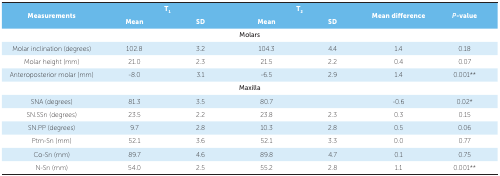
<table><thead><tr><td rowspan="2"><b>Measurements</b></td><td><b>T<sub>1</sub></b></td><td><b>T<sub>2</sub></b></td><td><b>Mean difference</b></td><td colspan="3"><b><i>P</i>-value</b></td></tr><tr><td rowspan="2"><b>Mean </b></td><td rowspan="2"><b>SD</b></td><td rowspan="2"><b>Mean </b></td><td rowspan="2" colspan="3"><b>SD</b></td></tr></thead><tbody><tr><td colspan="7">Molars</td></tr><tr><td>Molar inclination (degrees)</td><td>102.8</td><td>3.2</td><td>104.3</td><td>4.4</td><td>1.4</td><td>0.18</td></tr><tr><td>Molar height (mm)</td><td>21.0</td><td>2.3</td><td>21.5</td><td>2.2</td><td>0.4</td><td>0.07</td></tr><tr><td>Anteroposterior molar (mm)</td><td rowspan="2">-8.0</td><td rowspan="2">3.1</td><td rowspan="2">-6.5</td><td rowspan="2">2.9</td><td rowspan="2">1.4</td><td rowspan="2">0.001**</td></tr><tr><td colspan="7">Maxilla</td></tr><tr><td>SNA (degrees)</td><td>81.3</td><td>3.5</td><td>80.7</td><td></td><td>-0.6</td><td>0.02*</td></tr><tr><td>SN.SSn (degrees)</td><td>23.5</td><td>2.2</td><td>23.8</td><td>2.3</td><td>0.3</td><td>0.15</td></tr><tr><td>SN.PP (degrees)</td><td>9.7</td><td>2.8</td><td>10.3</td><td>2.8</td><td>0.5</td><td>0.06</td></tr><tr><td>Ptm-Sn (mm)</td><td>52.1</td><td>3.6</td><td>52.1</td><td>3.3</td><td>0.0</td><td>0.77</td></tr><tr><td>Co-Sn (mm)</td><td>89.7</td><td>4.6</td><td>89.8</td><td>4.7</td><td>0.1</td><td>0.75</td></tr><tr><td>N-Sn (mm)</td><td>54.0</td><td>2.5</td><td>55.2</td><td>2.8</td><td>1.1</td><td>0.001**</td></tr></tbody></table>